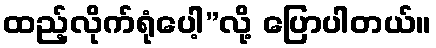
ထည့်လိုက်ရုံပေါ့”လို့ ပြောပါတယ်။